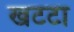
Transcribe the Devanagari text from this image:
खटटा